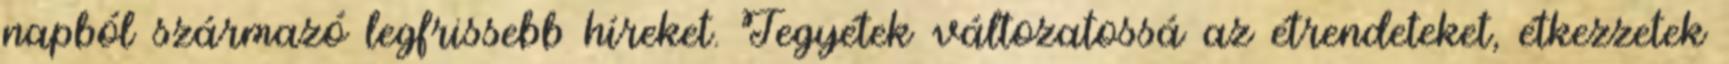
napból származó legfrissebb híreket. Tegyétek változatossá az étrendeteket, étkezzetek